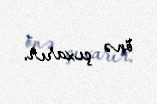
önə çıxarır.